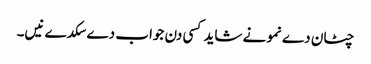
چٹان دے نمونے شاید کسی دن جواب دے سکدے نیں۔